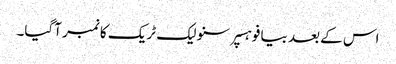
اس کے بعد بیا فو ہسپر سنو لیک ٹریک کا نمبر آگیا۔